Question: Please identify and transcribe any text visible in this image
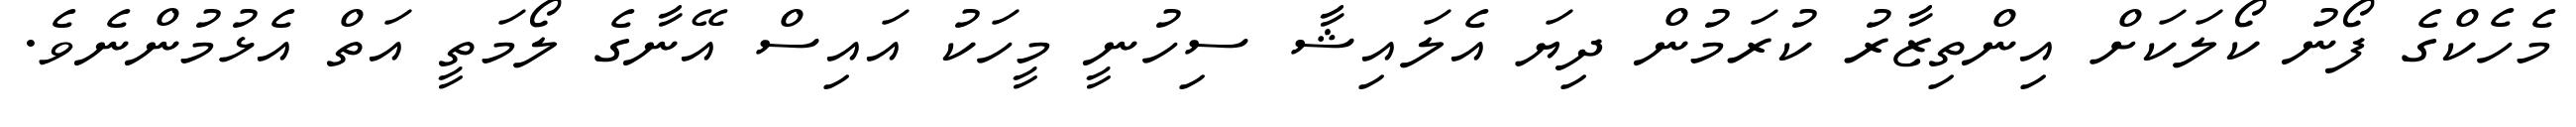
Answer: މެހެކްގެ ފޯނު ކޯލަކަށް އިންތިޒާރު ކުރަމުން ދިޔަ އެލައިޝާ ސިހުނީ މީހަކު އައިސް އޭނާގެ ލޯމަތީ އަތް އެޅުމުންނެވެ.